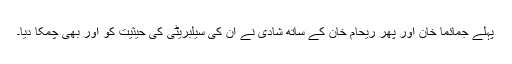
پہلے جمائما خان اور پھر ریحام خان کے ساتھ شادی نے ان کی سیلبریٹی کی حیثیت کو اور بھی چمکا دیا۔